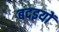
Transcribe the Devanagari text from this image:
बदइयों